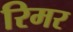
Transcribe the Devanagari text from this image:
रिमर